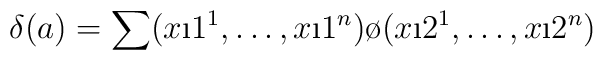
\delta (a) = \sum (x\i1^1,\dots, x\i1^n)\o(x\i2^1,\dots, x\i2^n)